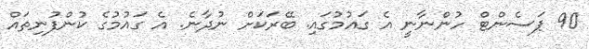
90 ޕަސެންޓް ހުންނާނީ އެ ގައުމުގައި. ބޭރަކަށް ނުދާނެ. އެ ގައުމުގެ ކުންފުނިތައް